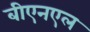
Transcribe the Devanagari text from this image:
बीएनएल